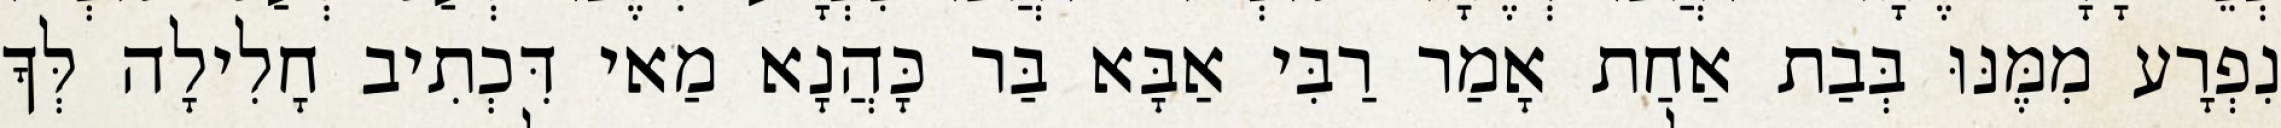
נִפְרָע מִמֶּנּוּ בְּבַת אַחַת אָמַר רַבִּי אַבָּא בַּר כָּהֲנָא מַאי דִּכְתִיב חָלִילָה לְּךָ